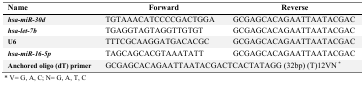
| Name | Forward | Reverse |
 | --- | --- | --- |
 | hsa-miR-30d | TGTAAACATCCCCGACTGGA | GCGAGCACAGAATTAATACGAC |
 | hsa-let-7b | TGAGGTAGTAGGTTGTGT | GCGAGCACAGAATTAATACGAC |
 | U6 | TTTCGCAAGGATGACACGC | GCGAGCACAGAATTAATACGAC |
 | hsa-miR-16-5p | TAGCAGCACGTAAATATT | GCGAGCACAGAATTAATACGAC |
 | Anchored oligo (dT) primer | <COLSPAN=2> GCGAGCACAGAATTAATACGACTCACTATAGG (32bp) (T)12VN* |